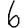
Digit: 6